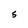
Character: 5